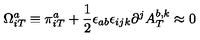
\Omega _ { i T } ^ { a } \equiv \pi _ { i T } ^ { a } + \frac { 1 } { 2 } \epsilon _ { a b } \epsilon _ { i j k } \partial ^ { j } A _ { T } ^ { b , k } \approx 0